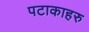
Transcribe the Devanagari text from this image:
पटाकाहरु